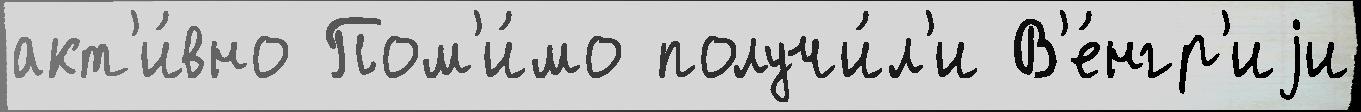
акт'и́вно Пом'и́мо получи́л'и В'е́нгр'иjи